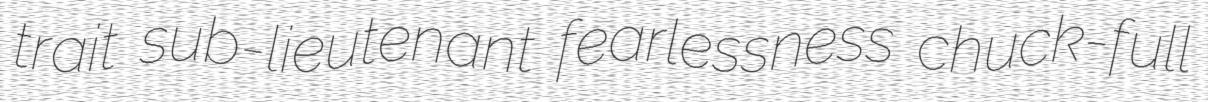
trait sub-lieutenant fearlessness chuck-full